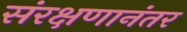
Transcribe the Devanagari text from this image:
संरक्षणानंतर